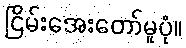
ငြိမ်းအေးတော်မူပုံ။